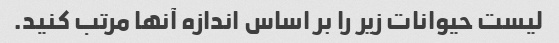
لیست حیوانات زیر را بر اساس اندازه آنها مرتب کنید.